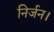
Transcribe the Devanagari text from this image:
निर्जन।